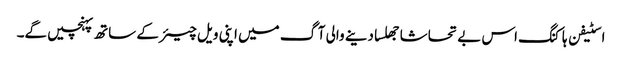
اسٹیفن ہاکنگ اس بے تحاشا جھلسا دینے والی آگ میں اپنی ویل چیئر کے ساتھ پہنچیں گے۔